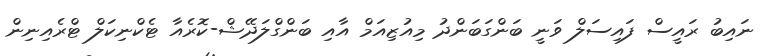
ނައިބު ރައީސް ފައިސަލް ވަނީ ބަންގަބަންދު މިއުޒިއަމް އާއި ބަންގްލަދޭޝް-ކޮރެއާ ޓެކްނިކަލް ޓްރެއިނިން